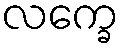
လက္ခေ